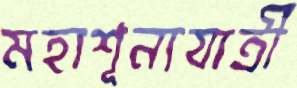
মহাশূন্যযাত্রী